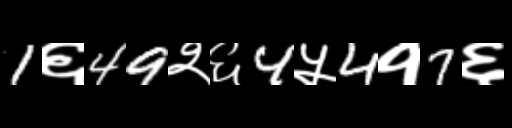
Text: 1६49२६4५4१7६